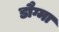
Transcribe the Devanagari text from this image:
डौग्मा